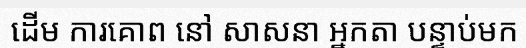
ដើម ការគោព នៅ សាសនា អ្នកតា បន្ទាប់មក